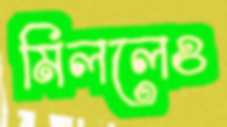
মিললেও